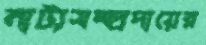
নাট্যসম্প্রদায়ের